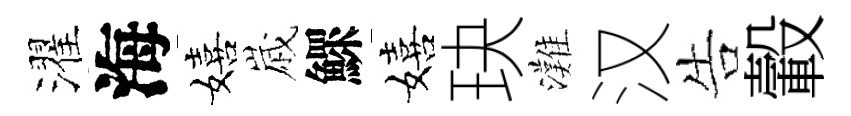
濯海嬉𡻕鰥嬉玦灘汉告轂